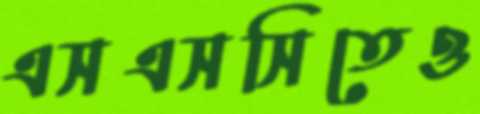
এসএসসিতেও